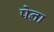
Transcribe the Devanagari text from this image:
पेऩा